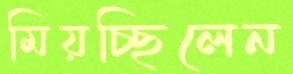
মিয়চ্ছিলেন